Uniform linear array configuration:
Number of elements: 32
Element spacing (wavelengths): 0.75
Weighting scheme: kaiser
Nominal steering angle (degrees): -30
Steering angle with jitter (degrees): -30.134
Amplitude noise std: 0.05
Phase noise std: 0.05

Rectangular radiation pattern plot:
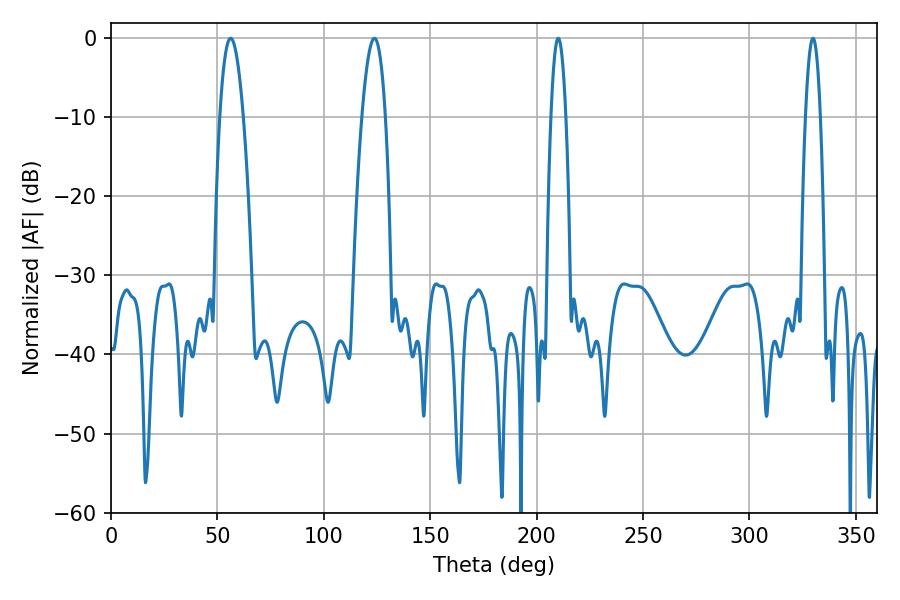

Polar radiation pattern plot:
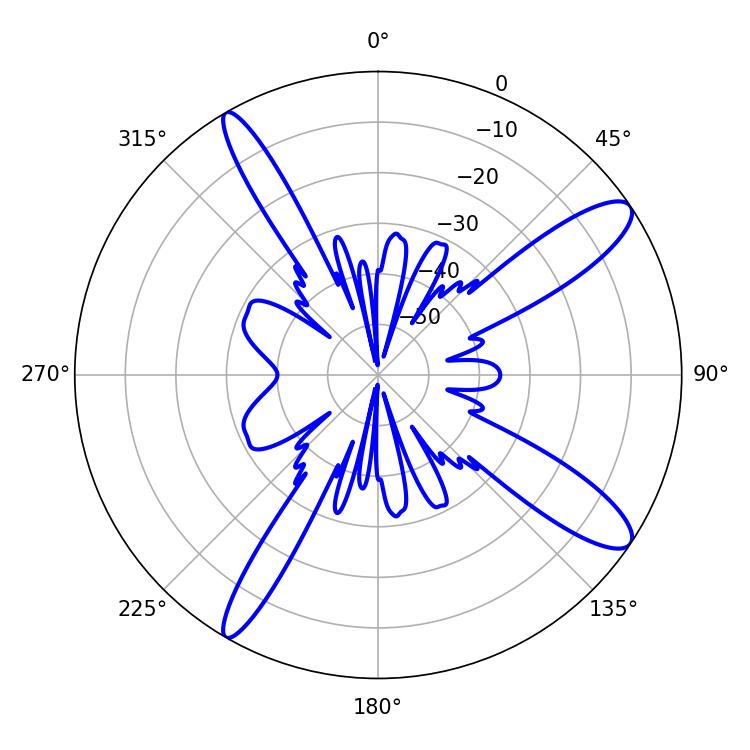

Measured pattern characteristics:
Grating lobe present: TRUE
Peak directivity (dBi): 12.332
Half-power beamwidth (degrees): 6.12
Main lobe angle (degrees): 56.16